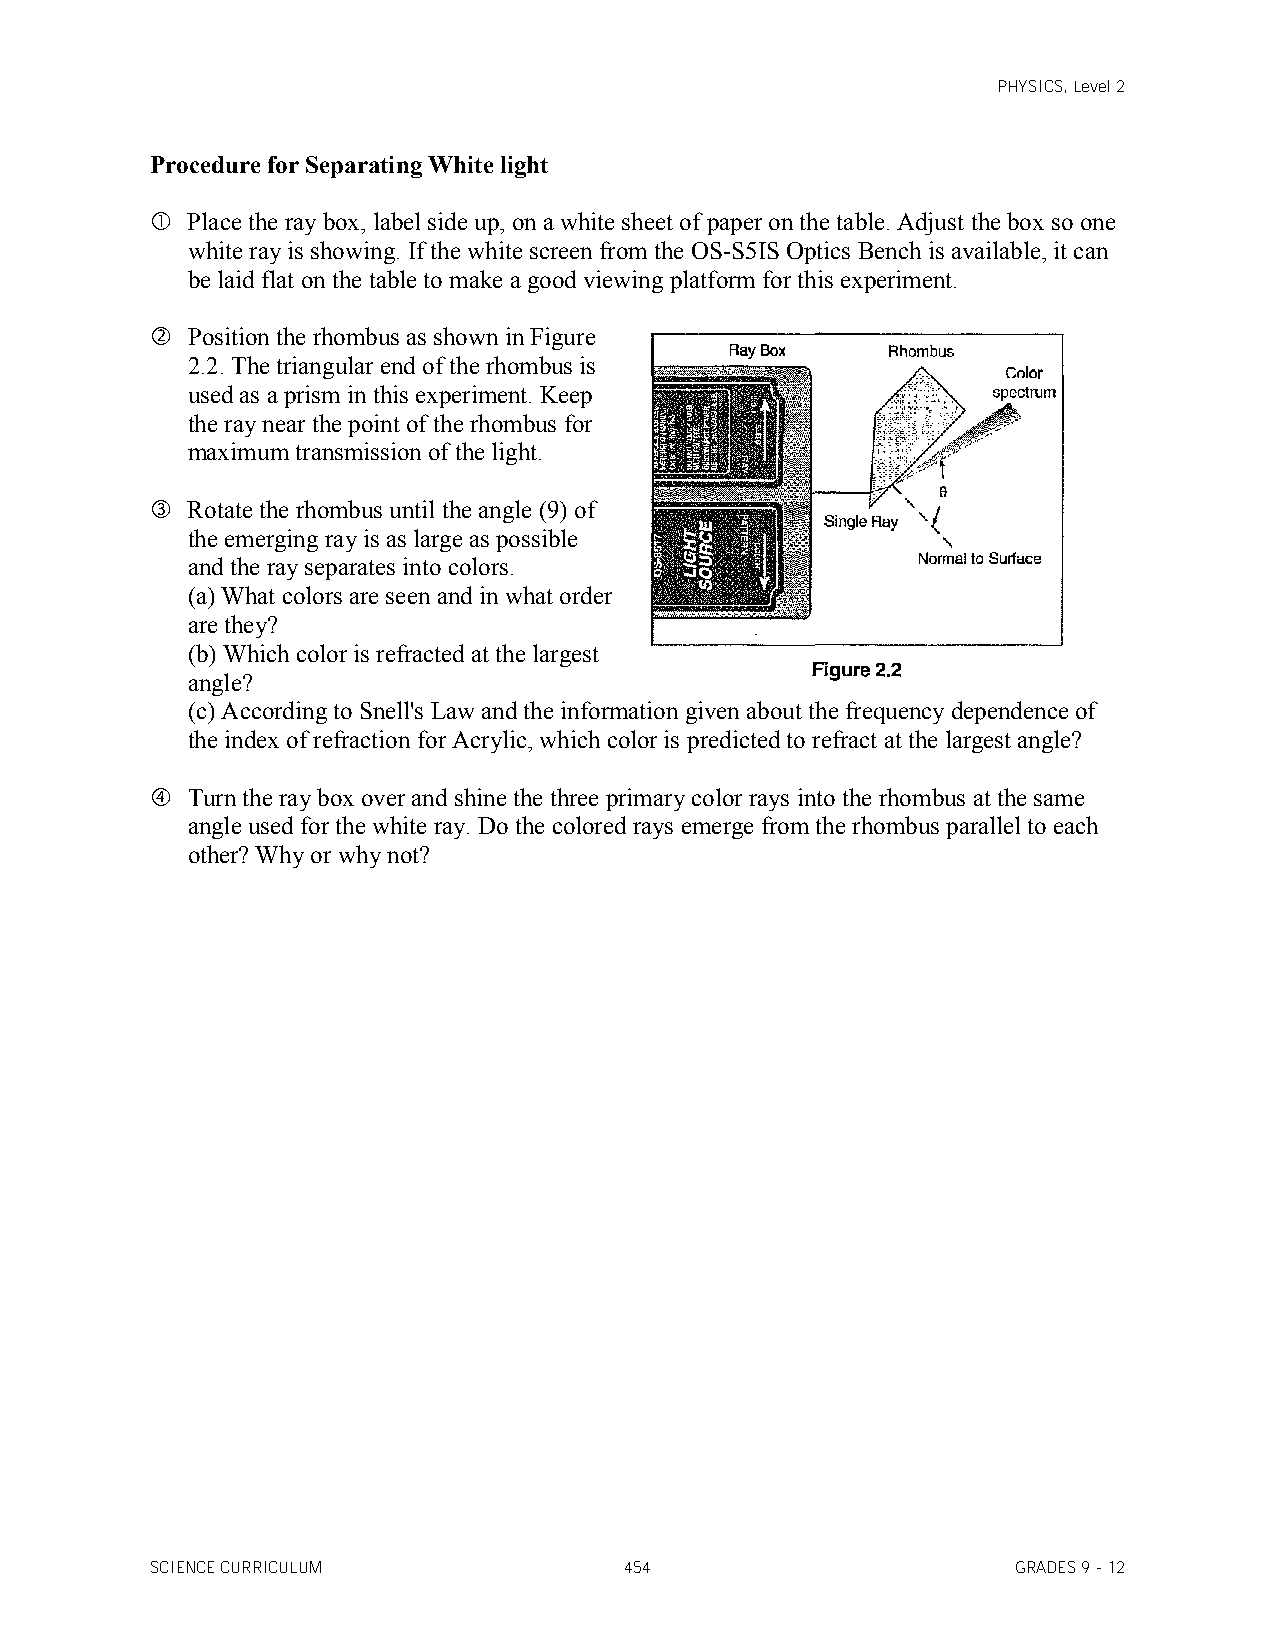
PHYSICS, Level 2
 Procedure for Separating White light
  Place the ray box, label side up, on a white sheet of paper on the table. Adjust the box so one
 white ray is showing. If the white screen from the OS-S5IS Optics Bench is available, it can
 be laid flat on the table to make a good viewing platform for this experiment.
  Position the rhombus as shown in Figure
 2.2. The triangular end of the rhombus is
 used as a prism in this experiment. Keep
 the ray near the point of the rhombus for
 maximum transmission of the light.
  Rotate the rhombus until the angle (9) of
 the emerging ray is as large as possible
 and the ray separates into colors.
 (a) What colors are seen and in what order
 are they?
 (b) Which color is refracted at the largest
 angle?
 (c) According to Snell's Law and the information given about the frequency dependence of
 the index of refraction for Acrylic, which color is predicted to refract at the largest angle?
  Turn the ray box over and shine the three primary color rays into the rhombus at the same
 angle used for the white ray. Do the colored rays emerge from the rhombus parallel to each
 other? Why or why not?
 SCIENCE CURRICULUM             454                       GRADES 9 - 12